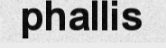
phallis